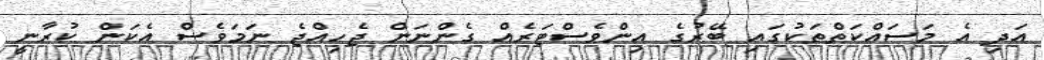
އަދި އެ މަސައްކަތްތަކުގައި ބޭރުގެ އިންވެސްޓަރެއް ގެންނަން ޖެހިއްޖެ ނަމަވެސް އެކަން ކުރާނީ